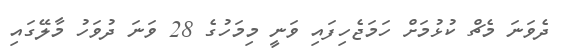
ދެވަނަ މެޗް ކުޅުމަށް ހަމަޖެހިފައި ވަނީ މިމަހުގެ 28 ވަނަ ދުވަހު މާލޭގައި